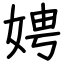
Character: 娉